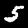
Label: 5